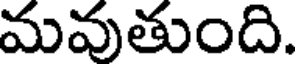
మవుతుంది.